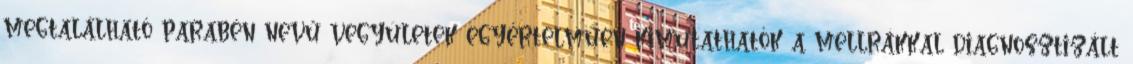
megtalálható parabén nevű vegyületek egyértelműen kimutathatók a mellrákkal diagnosztizált